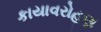
કાયાવરોહણ